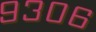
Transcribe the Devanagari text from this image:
९३०६